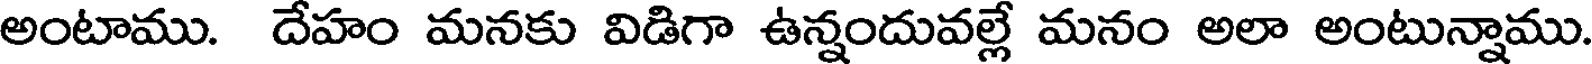
అంటాము. దేహం మనకు విడిగా ఉన్నందువల్లే మనం అలా అంటున్నాము.